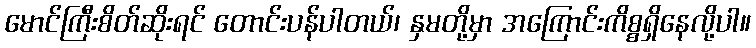
မောင်ကြီးစိတ်ဆိုးရင် တောင်းပန်ပါတယ်၊ နှမတို့မှာ အကြောင်းကိစ္စရှိနေလို့ပါ။